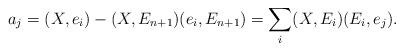
LaTeX: \begin{align*}a_{j}=(X,e_{i})-(X,E_{n+1})(e_{i},E_{n+1})=\sum_{i}(X,E_{i})(E_{i},e_{j}).\end{align*}